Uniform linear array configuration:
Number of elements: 16
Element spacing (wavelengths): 1
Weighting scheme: hann
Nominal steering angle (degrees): -45
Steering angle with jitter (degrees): -43.091
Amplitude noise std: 0.05
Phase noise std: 0.05

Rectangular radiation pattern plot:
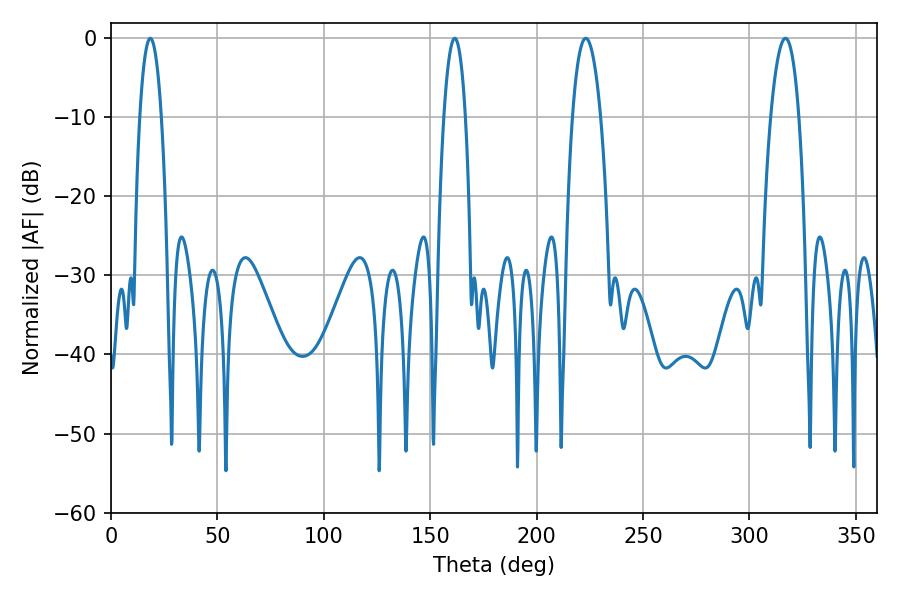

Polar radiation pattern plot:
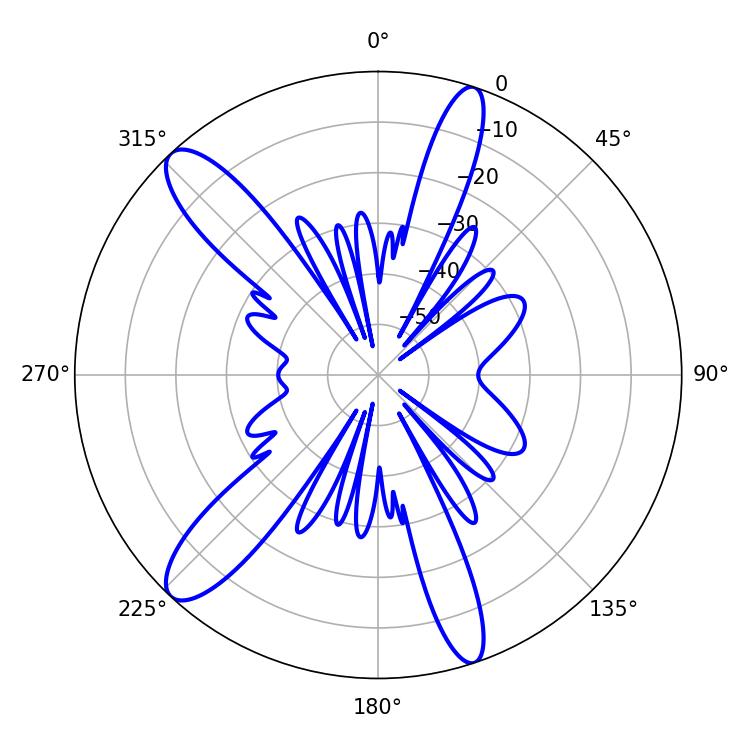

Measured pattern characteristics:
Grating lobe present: TRUE
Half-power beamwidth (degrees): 7.2
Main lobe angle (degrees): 223.02